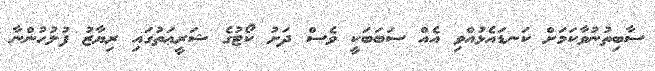
ސާބިތުނުވާކަމަށް ކަނޑައެޅުއްވި އެއް ސަބަބަކީ ވެސް ދަށު ކޯޓުގެ ޝަރީޢަތުގައި ރިޔާޒު ފުލުހުންނާ